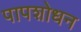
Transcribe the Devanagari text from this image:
पापशोधन